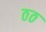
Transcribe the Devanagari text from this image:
ठठ